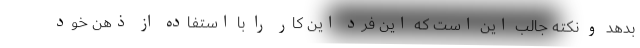
بدهد و نکته جالب این است که این فرد این کار را با استفاده از ذهن خود